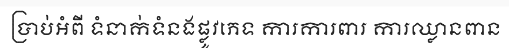
ប្រាប់អំពី ទំនាក់ទំនងផ្លូវភេទ ការការពារ ការឈ្លានពាន